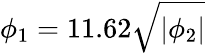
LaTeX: \phi_{1}=11.62\sqrt{|\phi_{2}|}